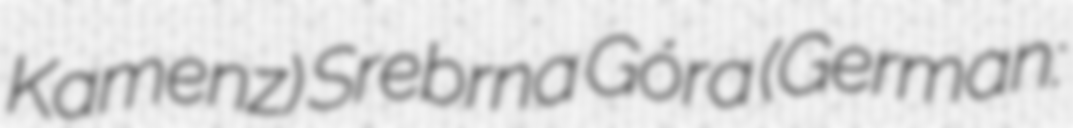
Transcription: Kamenz) Srebrna Góra (German: